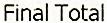
FINAL TOTAL